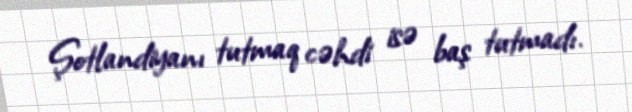
Şotlandiyanı tutmaq cəhdi isə baş tutmadı.